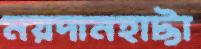
ময়দানহাট্টা